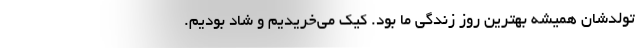
تولدشان همیشه بهترین روز زندگی ما بود. کیک می‌خریدیم و شاد بودیم.